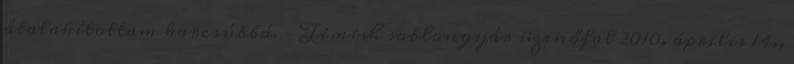
átalakítottam karcsúbbá. – Timish sablongyár üzenőfal 2010. április 14.,